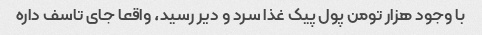
با وجود هزار تومن پول پیک غذا سرد و دیر رسید، واقعا جای تاسف داره